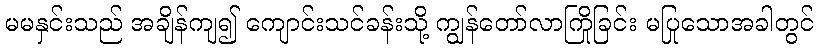
မမနှင်းသည် အချိန်ကျ၍ ကျောင်းသင်ခန်းသို့ ကျွန်တော်လာကြိုခြင်း မပြုသောအခါတွင်